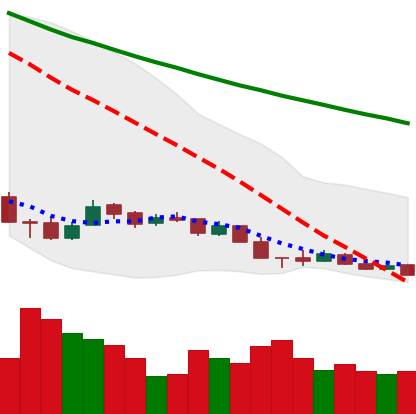
Ticker: XMR-USD
Chart end date: 2018-12-13
Forward return: 13.721%
Label: up_7plus